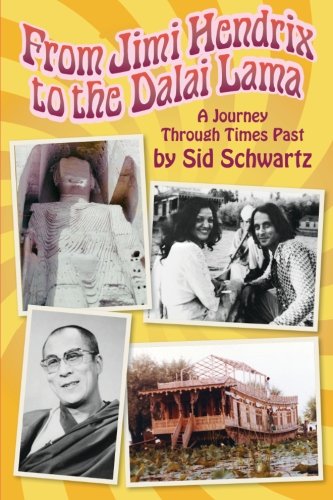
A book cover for From Jimi Hendrix to the Dalai Lama: A Journey Through Times Past; Sidney Schwartz; Religion & Spirituality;